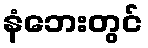
နံဘေးတွင်